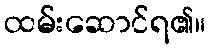
ထမ်းဆောင်ရ၏။